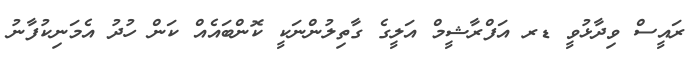
ރައީސް ވިދާޅުވީ ޑރ އަފްރާޝީމް އަލީގެ ގާތިލުންނަކީ ކޮންބައެއް ކަން ހުދު އެމަނިކުފާނު